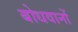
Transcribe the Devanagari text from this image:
बोधवानों